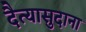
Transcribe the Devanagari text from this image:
दैत्‍यासुदाना